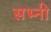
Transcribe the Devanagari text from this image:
सभ्नी